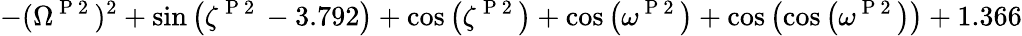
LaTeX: -(\Omega^{\mathrm{~P~2~}})^{2}+\sin{\left(\zeta^{\mathrm{~P~2~}}-3.792\right)}+\cos{\left(\zeta^{\mathrm{~P~2~}}\right)}+\cos{\left(\omega^{\mathrm{~P~2~}}\right)}+\cos{\left(\cos{\left(\omega^{\mathrm{~P~2~}}\right)}\right)}+1.366